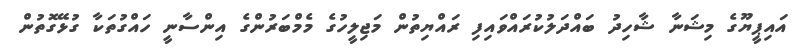
އައިޕީޔޫގެ މިޝަނާ ޝާހިދު ބައްދަލުކުރައްވައިފި ރައްޔިތުން މަޖިލީހުގެ މެމްބަރުންގެ އިންސާނީ ހައްގުތަކާ ގުޅޭގޮތުން